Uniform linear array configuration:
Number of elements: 32
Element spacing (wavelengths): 0.25
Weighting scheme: kaiser
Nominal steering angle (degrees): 60
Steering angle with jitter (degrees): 61.65
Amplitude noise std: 0.05
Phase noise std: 0.05

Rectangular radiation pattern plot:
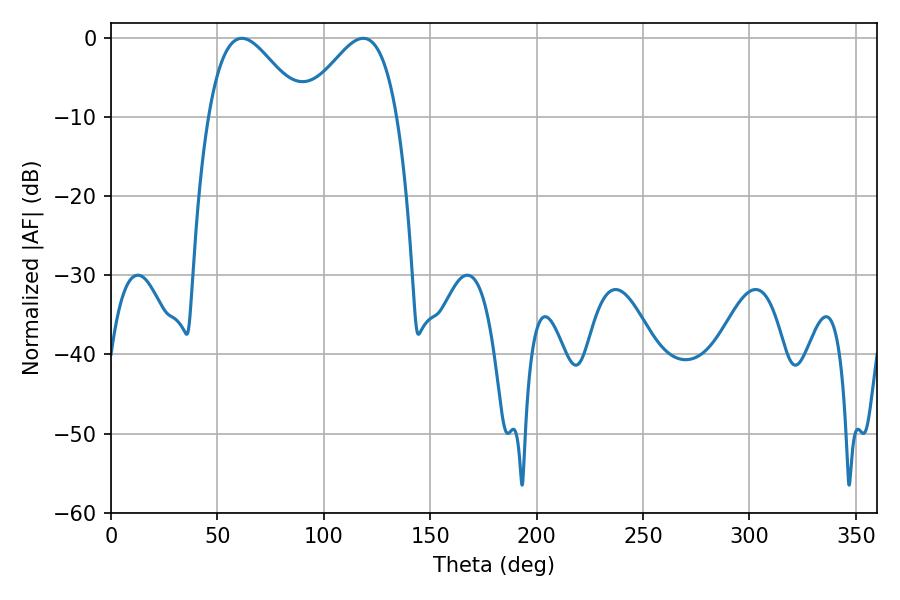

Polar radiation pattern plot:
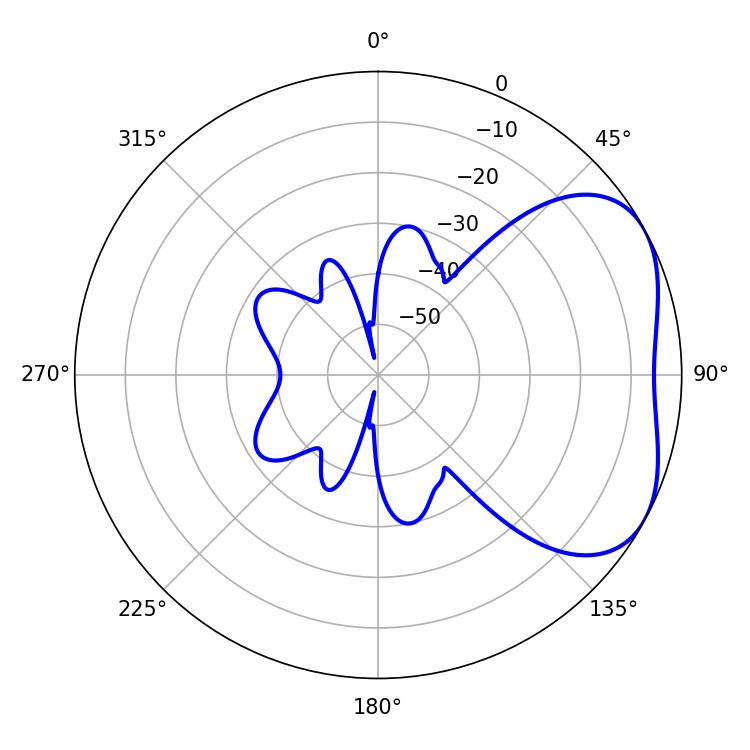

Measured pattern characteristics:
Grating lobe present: FALSE
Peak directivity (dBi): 3.905
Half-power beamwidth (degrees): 23.76
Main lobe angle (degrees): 61.56